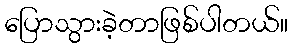
ပြောသွားခဲ့တာဖြစ်ပါတယ်။